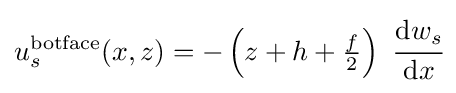
u_{s}^{\mathrm {botface} }(x,z)=-\left(z+h+{\tfrac {f}{2}}\right)~{\cfrac {\mathrm {d} w_{s}}{\mathrm {d} x}}